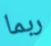
ربما